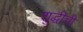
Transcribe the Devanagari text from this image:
शुद्धीची